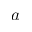
a